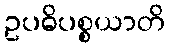
ဥပဓိပစ္စယာတိ